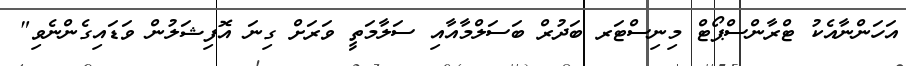
އަހަންނާއެކު ޓްރާންސްޕޯޓް މިނިސްޓަރ ބަދުރް ބަސަލްމާއާއި ސަލާމަތީ ވަރަށް ގިނަ އޮފިޝަލުން ވަޑައިގެންނެވި"